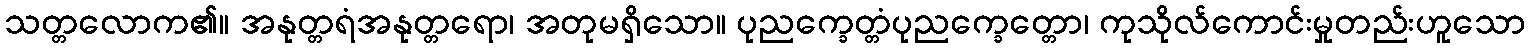
သတ္တလောက၏။ အနုတ္တရံအနုတ္တရော၊ အတုမရှိသော။ ပုညက္ခေတ္တံပုညက္ခေတ္တော၊ ကုသိုလ်ကောင်းမှုတည်းဟူသော